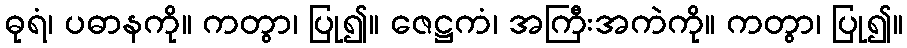
ဓုရံ၊ ပဓာနကို။ ကတွာ၊ ပြု၍။ ဇေဋ္ဌကံ၊ အကြီးအကဲကို။ ကတွာ၊ ပြု၍။